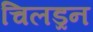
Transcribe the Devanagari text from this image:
चिलड्रन